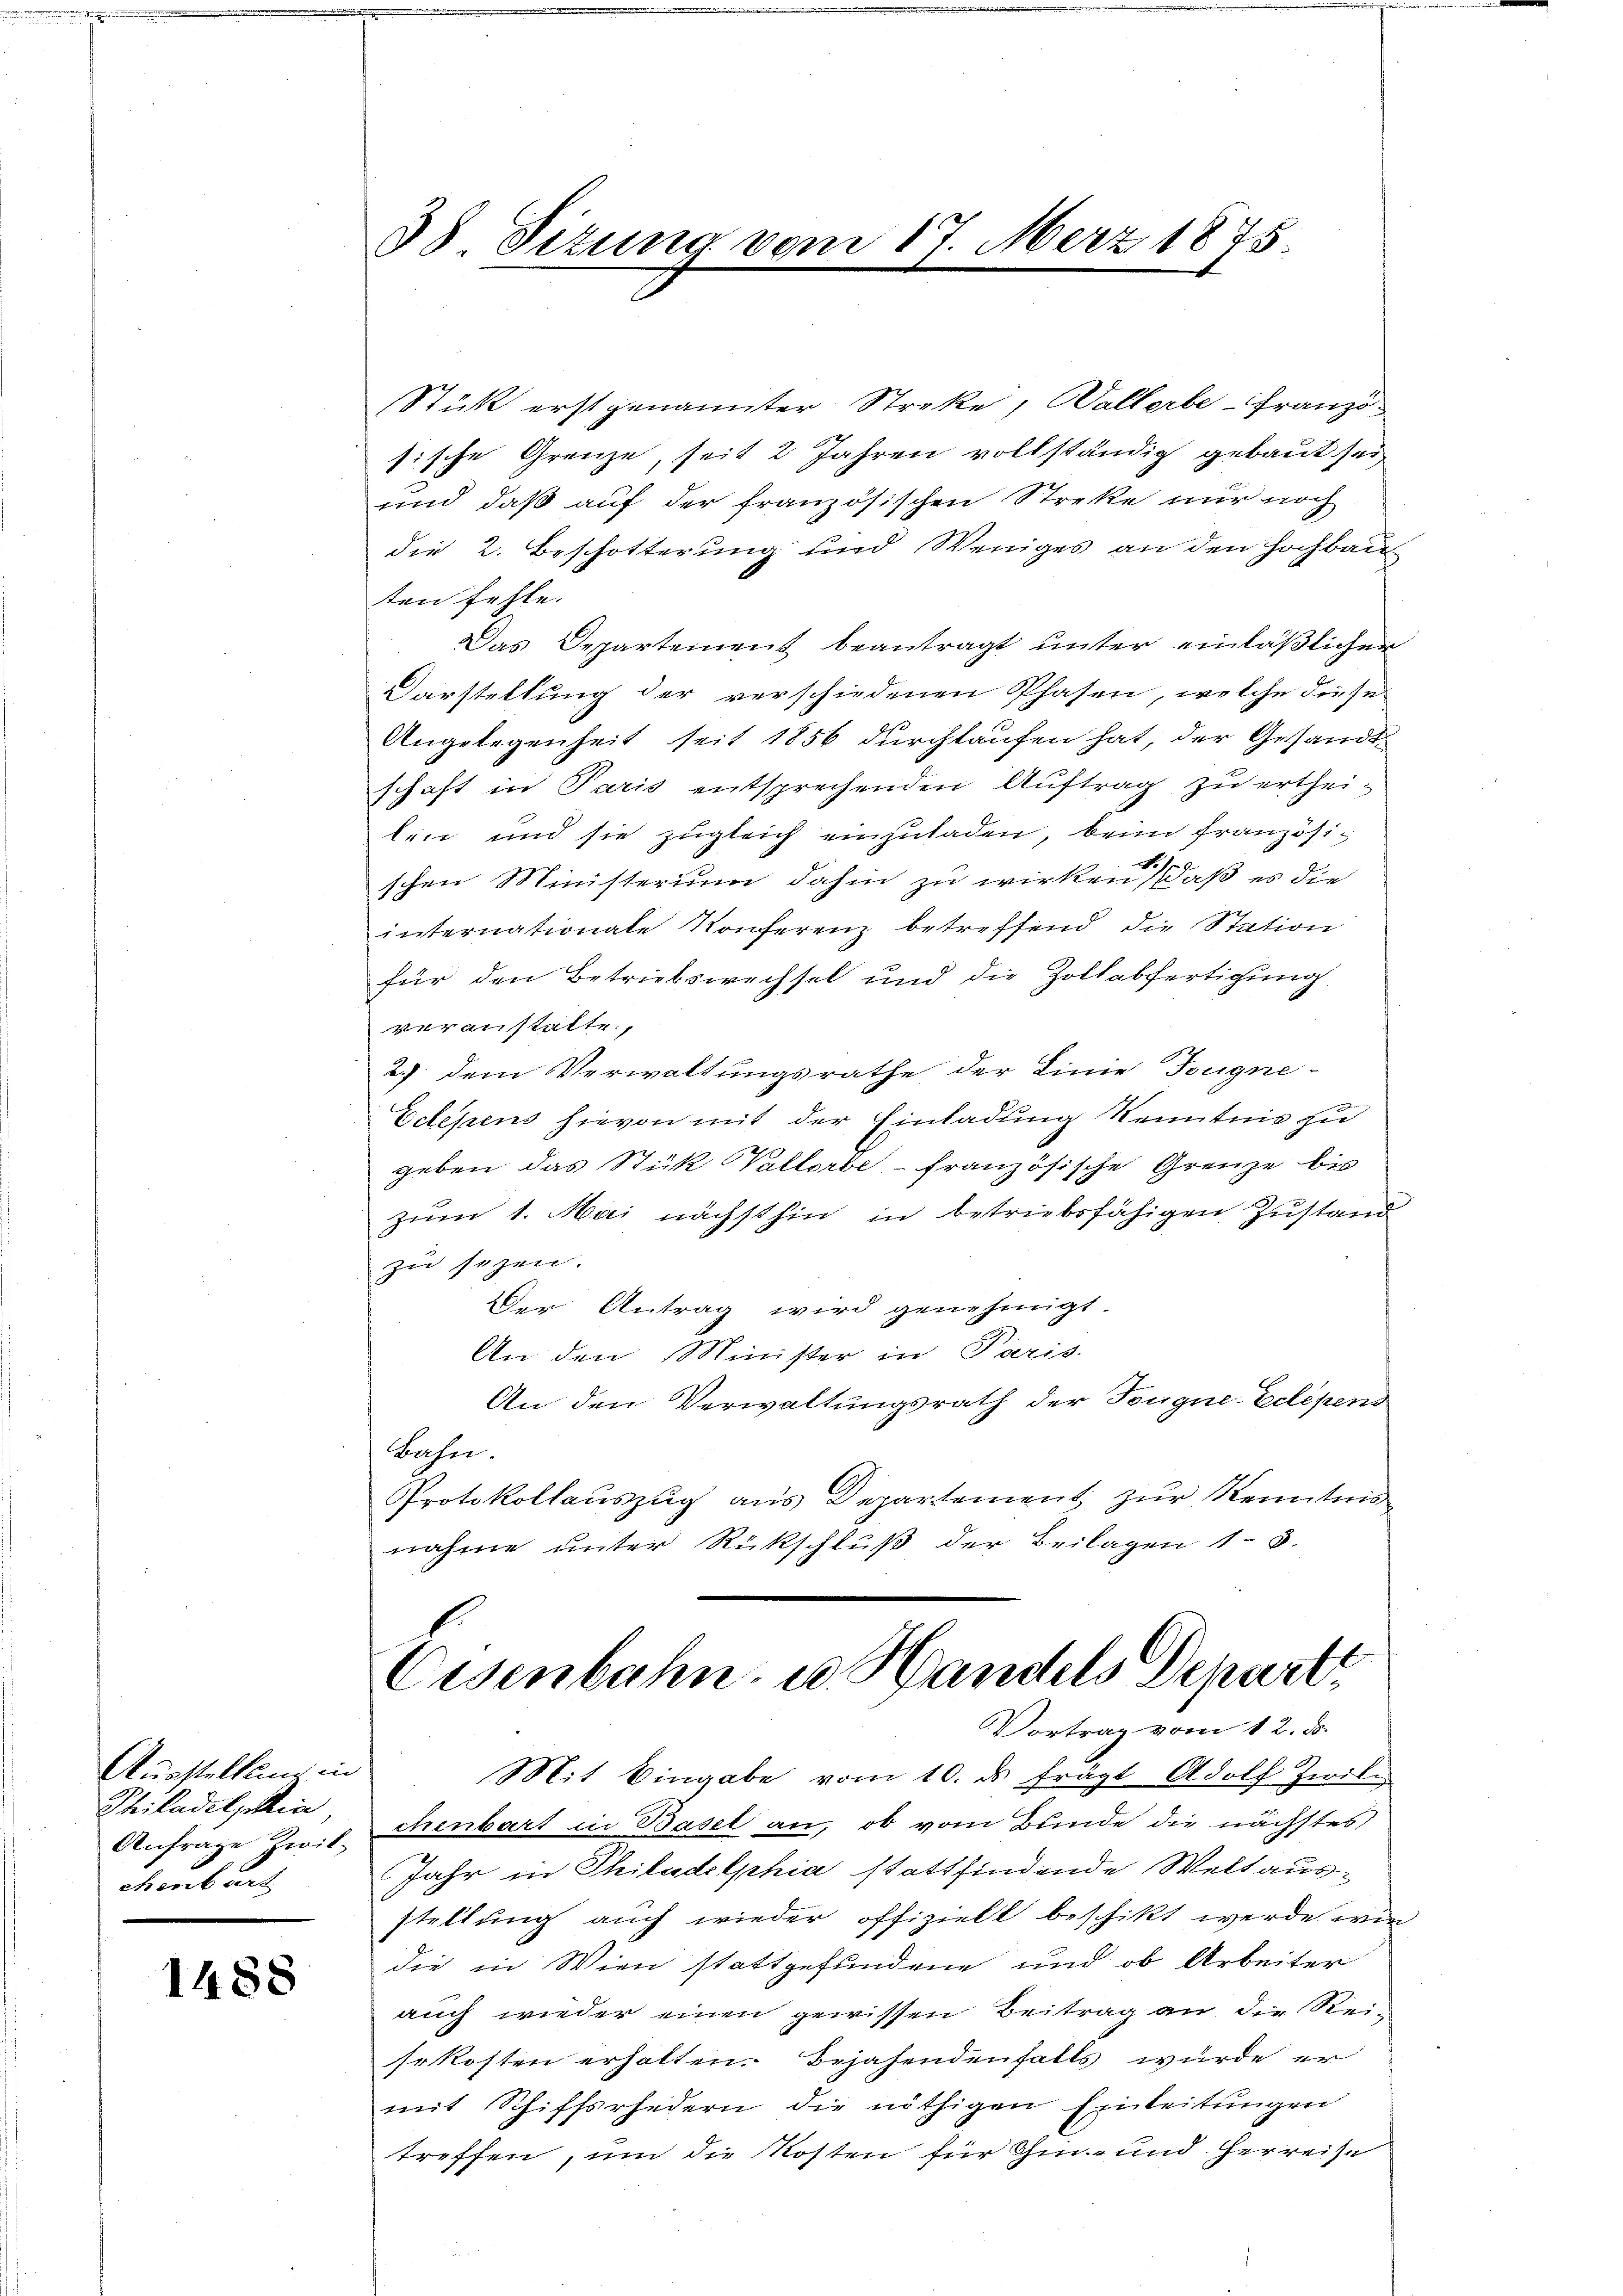
Ausstelllung in
Philadelphia,
Anfrage zwitchenbart

1488

38 Sitzung vom 17. März 1875

Stück erstgenannter Streke, Wallerbe-Franz
sische Grenze, seit 2 Jahren vollständig gebaut sei
und daß auf der französischen Streke nur noch
die 2. Beschotterung und Weniges an den Hochbau
ten fehle.
Das Departement beantragt unter einläßlicher
Darstellung der verschiedenen Phasen, welche diese
Angelegenheit seit 1856 durchlaufen hat, der Gesandtschaft in Paris entsprechenden Auftrag zu ertheilen und sie zugleich einzuladen, beim französir
schen Ministerium dahin zu wirken, daß es die
internationale Konferenz betreffend die Station
für den Betriebswechsel und die Zollabfertigung
veranstatte.
2.) dem Verwaltungsrathe der Linie Tougne-
Eclesiens hievon mit der Einladung kenntnis zu
geben das Stück Vallorbe- französische Grenze bis
zum 1. Mai nächsthin in betriebsfähigen Zustand
zu sezen.
Der Antrag wird genehmigt.
An den Minister in Paris
An den Verwaltungsrath der Tongne-Eclipend
Bahn.
Protokollauszug aus Departement zur Kenntnis
nahme unter Rückschluß der Beilagen 13.
t
Eisenbahn u. Handels Depart
Vortrag vom 12. ds.
Mit Eingabe vom 10. ds frägt Adolf Zwile
chenbart in Basel an, ob vom Bunde die nächstes,
Jahr in Philadelphia stattfindende Weltausstellung auch wieder offiziell beschikt werde wie
die in Wien stattgefundene und ob Arbeiter
auch wieder einen gewissen Beitrag an die Reiso kosten erhalten. Bejahendenfalls wurde er
mit Schiffsrhedern die nöthigen Einleitungen
treffen, um die Kosten für Ihm- und Herreise